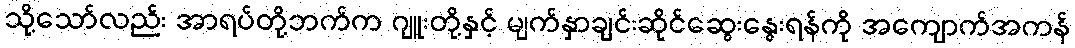
သို့သော်လည်း အာရပ်တို့ဘက်က ဂျူးတို့နှင့် မျက်နှာချင်းဆိုင်ဆွေးနွေးရန်ကို အကျောက်အကန်